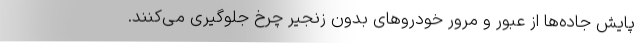
پایش جاده‌ها از عبور و مرور خودروهای بدون زنجیر چرخ جلوگیری می‌کنند.